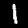
Label: 1